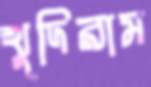
খুদিরাম